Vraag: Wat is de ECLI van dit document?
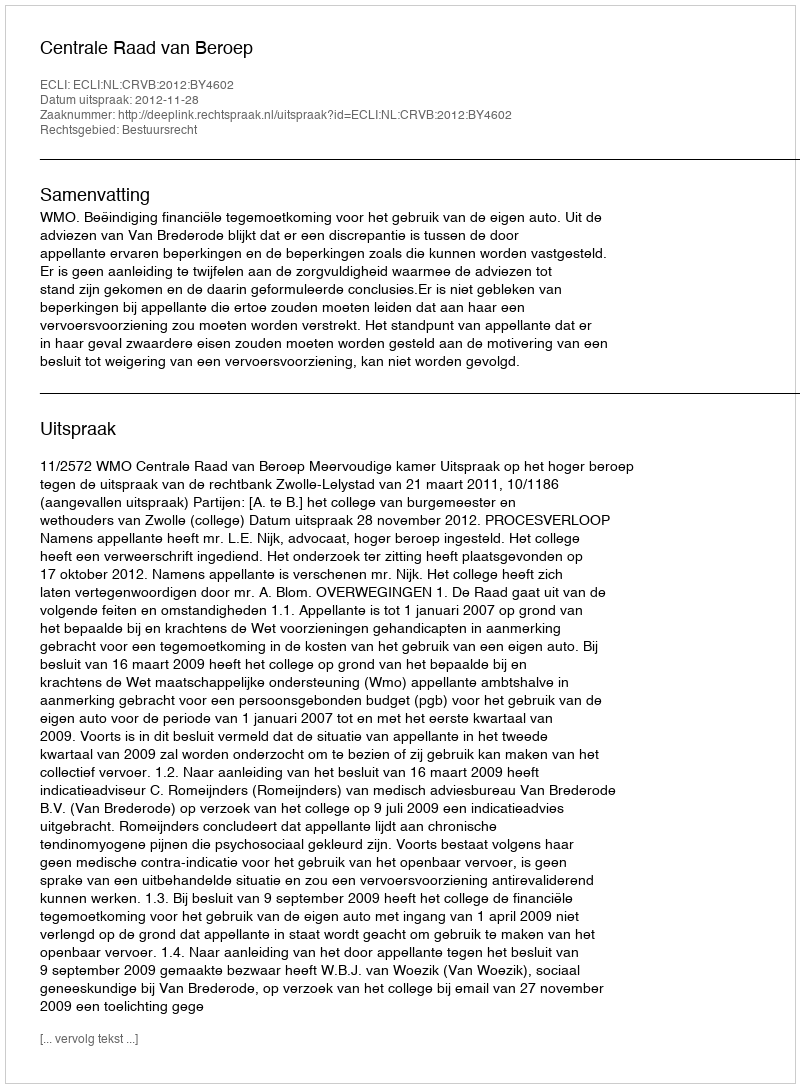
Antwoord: ECLI:NL:CRVB:2012:BY4602